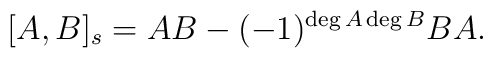
[A,B]_s=AB-(-1)^{\deg A \deg B}BA.